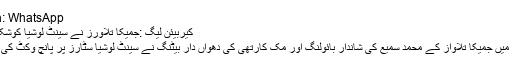
Share on: WhatsApp
کیربیئن لیگ :جمیکا تلاورز نے سینٹ لوشیا کوشکست دے دی
کیربیئن لیگ میں جمیکا تلاواز کے محمد سمیع کی شاندار بائولنگ اور مِک کارتھی کی دھواں دار بیٹنگ نے سینٹ لوشیا سٹارز پر پانچ وکٹ کی فتح دلا دی ۔